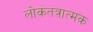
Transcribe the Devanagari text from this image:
लोकंतत्रात्मक